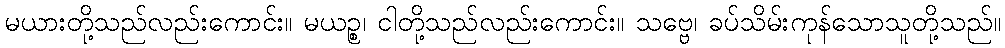
မယားတို့သည်လည်းကောင်း။ မယဉ္စ၊ ငါတို့သည်လည်းကောင်း။ သဗ္ဗေ၊ ခပ်သိမ်းကုန်သောသူတို့သည်။